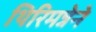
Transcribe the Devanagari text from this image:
थिरिमन्नेने